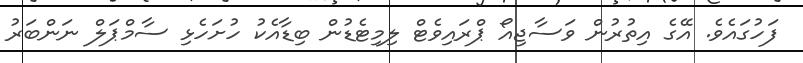
ފަހުގައެވެ. އޭގެ އިތުރުން ވަސާޖިއޯ ޕްރައިވެޓް ލިމިޓެޑުން ބިޑާއެކު ހުށަހެޅި ސާމްޕަލް ނަންބަރު